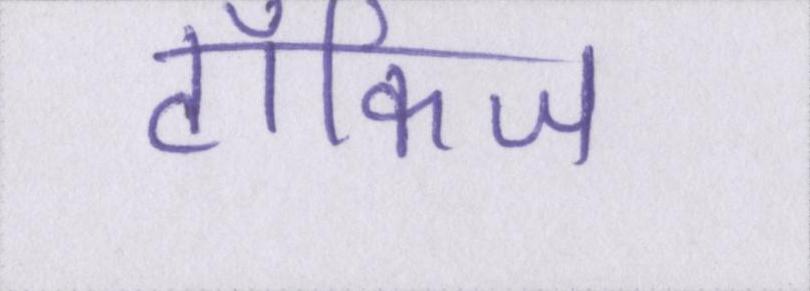
टॉकिज